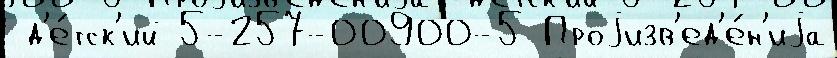
 д'е́тск'ий 5-257-00900-5 Проjизв'ед'е́н'иjа